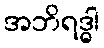
အဘိရဒ္ဓါ